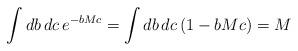
LaTeX: \begin{align*}\int db\,dc\, e^{-bMc} = \int db\,dc\,(1 - bMc) = M\end{align*}